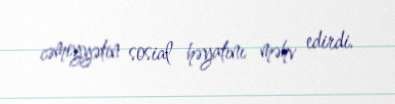
cəmiyyətin sosial həyatını məhv edirdi.